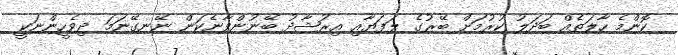
ކޮންމެ ހާލަތެއް ބަދަލު ކުރުމަށް ބޭރުގެ ލަފަޔާއި އިރުޝާދު ބޭނުންވާނެކަން ނޭނގޭނަމަ ދިވެހީންނަކީ